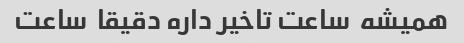
همیشه  ساعت تاخیر داره دقیقا  ساعت